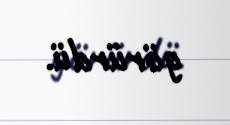
görürdü.